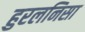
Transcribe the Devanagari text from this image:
हुरलनिसा